Annual report on the working of the mental hospitals in the Madras Presidency - 1912-1932
Year: 1912
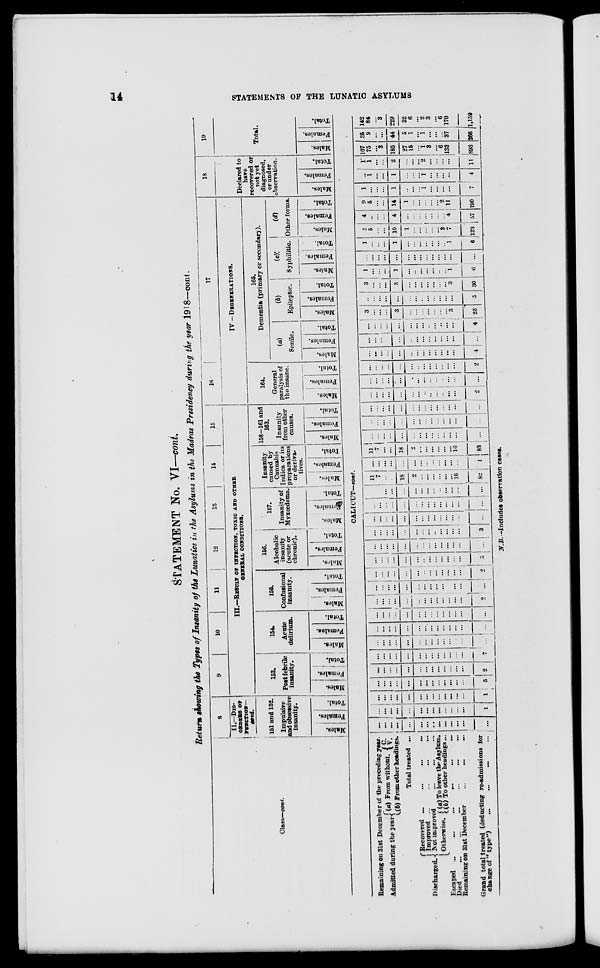
14
STATEMENTS OF THE LUNATIC ASYLUMS
STATEMENT No. VI—cont.
Return showing the Types of Insanity of the Lunatics in the Asylums in the Madras Presidency during the year 1918—cont.
Class—cont.
8
II—DIS-
ORDERS OF
FUNCTION—
cont.
151 and 152.
Impulsive
and obsessive
insanity.
Males.
Females.
Total.
9
10
11
12
13
14
15
III.—RESULT OF INFECTION, TOXIC AND OTHER
GENERAL CONDITIONS.
153.
Post febrile
insanity.
Males.
Females.
Total.
154.
Acute
delirium.
Males.
Females.
Total.
155.
Confusional
insanity.
Males.
Females.
Total.
156.
Alcoholic
insanity
(acute or
chronic).
Males.
Females.
Total.
157.
Insanity of
Myxœdema.
Males.
Females.
Total.
Insanity
caused by
Cannabis
Indica or its
preparations
or deriva-
tives.
Males.
Females.
Total.
158-161 and
163.
Insanity
from other
causes.
Males.
Females.
Total.
16
17
IV — DEGENERATIONS.
164.
General
paralysis of
the insane.
Males.
Females.
Total.
165.
Dementia (primary or secondary).
(a)
Senile.
Males.
Females.
Total.
(b)
Epileptic.
Males.
Females.
Total.
(c)
Syphilitic.
Males.
Females.
Total.
(d)
Other forms.
Males.
Females.
Total.
18
Declared to
have
recovered or
not yet
diagnosed,
or under
observation.
Males.
Females.
Total.
19
Total.
Males.
Females.
Total.
CALICUT— cont.
Remaining on 31st December of the preceding year.
Admitted during the year (a) From without. C.
V.
(b) From other headings.
Total treated ...
Discharged.
Recovered
...
...
...
...
Improved ... ... ... ...
Not improved ... ... ...
Otherwise. (a) To leave the Asylum.
(b) To other headings ...
Escaped
...
...
...
...
...
...
Died ... ... ... ... ... ...
Remaining on 31st December ... ... ...
Grand total treated (deducting re-admissions for
change of "type")
...
...
...
...
...
...
...
...
...
...
...
...
...
...
...
...
...
...
...
...
...
...
...
...
...
...
...
...
...
...
...
1
...
...
...
...
...
...
...
...
...
...
...
...
...
1
...
...
...
...
...
...
...
...
...
...
...
...
...
5
...
...
...
...
...
...
...
...
...
...
...
...
...
2
...
...
...
...
...
...
...
...
...
...
...
...
...
7
...
...
...
...
...
...
...
...
...
...
...
...
...
...
...
...
...
...
...
...
...
...
...
...
...
...
...
...
...
...
...
...
...
...
...
...
...
...
...
...
...
...
...
...
...
...
...
...
...
...
...
...
...
...
...
2
...
...
...
...
...
...
...
...
...
...
...
...
...
...
...
...
...
...
...
...
...
...
...
...
...
...
...
2
...
...
...
...
...
...
...
...
...
...
...
...
...
3
...
...
...
...
...
...
...
...
...
...
...
...
...
...
...
...
...
...
...
...
...
...
...
...
...
...
...
3
...
...
...
...
...
...
...
...
...
...
...
...
...
...
...
...
...
...
...
...
...
...
...
...
...
...
...
...
...
...
...
...
...
...
...
...
...
...
...
...
...
...
11
7
...
...
18
2
...
...
...
...
...
...
16
82
...
...
...
...
...
...
...
...
...
...
...
...
...
1
11
7
...
...
18
2
...
...
...
...
...
...
16
83
...
...
...
...
...
...
...
...
...
...
...
...
...
...
...
...
...
...
...
...
...
...
...
...
...
...
...
...
...
...
...
...
...
...
...
...
...
...
...
...
...
...
...
...
...
...
...
...
...
...
...
...
...
...
...
2
...
...
...
...
...
...
...
...
...
...
...
...
...
...
...
...
...
...
...
...
...
...
...
...
...
...
...
2
...
...
...
...
...
...
...
...
...
...
...
...
...
4
...
...
...
...
...
...
...
...
...
...
...
...
...
...
...
...
...
...
...
...
...
...
...
... ...
...
...
4
3
...
...
...
3
...
...
...
...
...
...
...
3
25
...
...
...
...
...
...
...
...
...
...
...
...
...
5
3
...
...
...
3
...
...
...
...
...
...
...
3
30
1
...
...
...
1
...
...
...
...
...
...
...
1
6
...
...
...
...
...
...
...
...
...
...
...
...
...
...
1
...
...
...
1
...
...
...
...
...
...
...
1
6
5
5
...
...
10
1
...
...
...
...
...
2
7
133
4
...
...
...
4
...
...
...
...
...
...
...
4
57
9
5
...
...
14
1
...
...
...
...
...
2
11
190
1
...
...
...
1
...
...
...
1
...
...
...
...
7
...
1
...
...
1
...
...
...
1
...
...
...
...
4
1
1
...
...
2
...
...
...
2
...
...
...
...
11
107
75
...
3
185
27
15
...
1
3
...
6
133
893
35
9
...
...
44
5
1
...
1
...
...
...
37
266
142
84
...
3
229
32
16
...
2
3
...
6
170
1,159
N.B.—Includes observation cases.